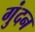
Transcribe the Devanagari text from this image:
गुंदन